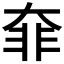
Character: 𩇩